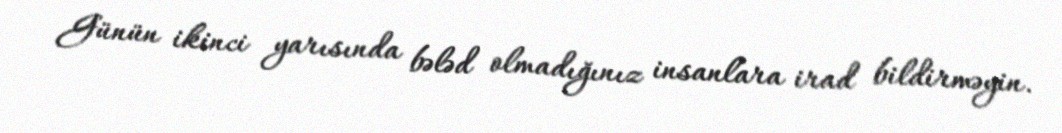
Günün ikinci yarısında bələd olmadığınız insanlara irad bildirməyin.